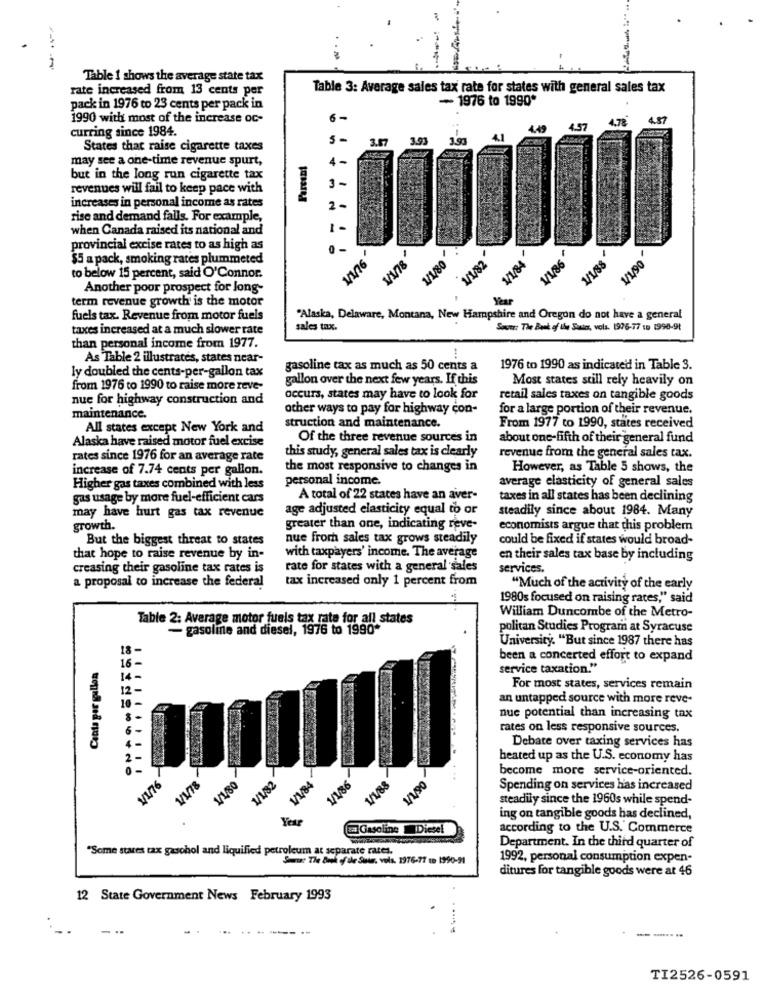
1
Table 1 shows the average state tax
rate increased from 13 cents per
Table 3: Average sales tax rate for states with general sales tax
- 1976 to 1990*
pack in 1976 to 23 cents per pack in
1990 with most of the increase oc-
6-
4.78
4.87
curring since 1984.
4.49
3.57
3.93
1.93
States that raise cigarette taxes
Percent
may see a one-time revenue spurt,
but in the long run cigarette tax
revenues will fail to keep pace with
3-
increases in personal income as rates
20
rise and demand falls. For example,
when Canada raised its national and
1
provincial excise rates to as high as
$5 a pack, smoking rates plummeted
1/1/76
1/1/80
1/182
1/1/84
1/1/86
1/1/88
1/1/90
to below 15 percent, said O'Connor.
Another poor prospect for Jong-
term revenue growth is the motor
fuels tax. Revenue from motor fuels
"Alaska, Delaware, Montana, New Hampshire and Oregon do not have a general
taxes increased at a much slower rate
sales tax.
Saute: The Bank of the Santos, vols. 1976-77 se 1998-9t
than personal income from 1977.
As Table 2 illustrates, states near-
ly doubled the cents-per-gallon tax
gasoline tax as much as 50 cents a
1976 to 1990 as indicated in Table 3.
gallon over the next few years. If this
Most states still rely heavily on
from 1976 to 1990 to raise more reve-
nue for highway construction and
occurs, states may have to look for
retail sales taxes on tangible goods
other ways to pay for highway con-
for a large portion of their revenue.
maintenance.
All states except New York and
struction and maintenance.
From 1977 to 1990, states received
Alaska have raised motor fuel excise
Of the three revenue sources in
about one-fifth of their general fund
this study, general sales tax is clearly
rates since 1976 for an average rate
revenue from the general sales tax.
increase of 7.74 cents per gallon.
the most responsive to changes in
However, as Table 5 shows, the
personal income.
average elasticity of general sales
Higher gas taxes combined with less
gas usage by more fuel-efficient cars
A total of 22 states have an aver-
taxes in all states has been declining
age adjusted elasticity equal to or
steadily since about 1984. Many
may have hurt gas tax revenue
growth.
greater than one, indicating reve-
economists argue that this problem
But the biggest threat to states
nue from sales tax grows steadily
could be fixed if states would broad-
that hope to raise revenue by in-
with taxpayers' income. The average
en their sales tax base by including
creasing their gasoline tax rates is
rate for states with a general sales
services.
a proposal to increase the federal
tax increased only 1 percent from
"Much of the activity of the early
1980s focused on raising rates," said
Table 2: Average motor fuels tax rate for all states
William Duncombe of the Metro-
- gasoline and diesel, 1976 to 1990*
politan Studies Program at Syracuse
University. "But since 1987 there has
18-
Canta per gallon
16-
been a concerted effort to expand
service taxation."
14-
12-
For most states, services remain
.-
an untapped source with more reve-
nue potential than increasing tax
5 -
rates on less responsive sources.
Debate over taxing services has
heated up as the U.S. economy has
become more service-oriented.
1/1/76
1/1/78
1/1/80
1/1/82
1/1/84
1/1/86
1/1/88
1/1/90
Spending on services has increased
steadily since the 1960s while spend-
ing on tangible goods has declined,
&# Gasoline Diesel
according to the U.S. Commerce
Department. In the third quarter of
"Some stares tax gasohol and liquified petroleum at separate rates.
Sou The Bank of de Soie, vols. 1976-77 . 1990-90
1992, personal consumption expen-
ditures for tangible goods were at 46
12 State Government News February 1993
--.. ..
TI2526-0591